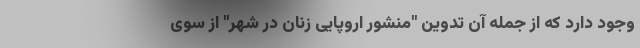
وجود دارد که از جمله آن تدوین "منشور اروپایی زنان در شهر" از سوی